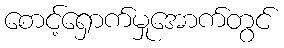
စောင့်ရှောက်မှုအောက်တွင်